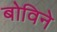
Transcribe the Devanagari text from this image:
बोविने